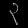
Digit: ၃